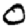
Digit: 0